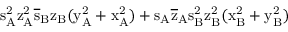
\mathrm { s _ { A } ^ { 2 } \mathrm { z _ { A } ^ { 2 } \mathrm { \overline { { s } } _ { B } \mathrm { z _ { B } ( \mathrm { y _ { A } ^ { 2 } + \mathrm { x _ { A } ^ { 2 } ) + \mathrm { s _ { A } \mathrm { \overline { { z } } _ { A } \mathrm { s _ { B } ^ { 2 } \mathrm { z _ { B } ^ { 2 } ( \mathrm { x _ { B } ^ { 2 } + \mathrm { y _ { B } ^ { 2 } ) } } } } } } } } } } } }